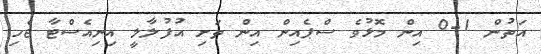
އަތުން 1-0 އިން މޮޅުވެ ސްޕެއިން އިން ތަށި އުފުލާލީ އިނިއެސްޓާ ޖެހި